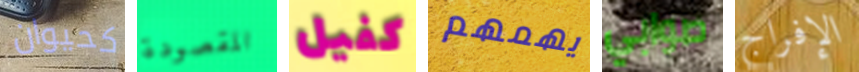
كحيوان المقصودة كفيل يهمهم صوابي الإفراج